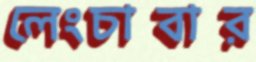
লেংচাবার